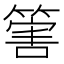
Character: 𥰶